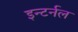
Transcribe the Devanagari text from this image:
इन्टर्नल